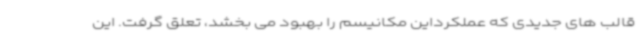
قالب های جدیدی که عملکرداین مکانیسم را بهبود می بخشد، تعلق گرفت. این